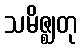
သမိဇ္ဈတု